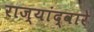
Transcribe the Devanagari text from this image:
राज्यांद्वारे